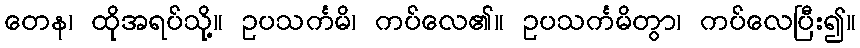
တေန၊ ထိုအရပ်သို့။ ဥပသင်္ကမိ၊ ကပ်လေ၏။ ဥပသင်္ကမိတွာ၊ ကပ်လေပြီး၍။